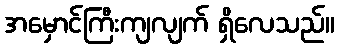
အမှောင်ကြီးကျလျက် ရှိလေသည်။